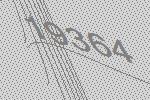
19364